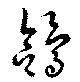
鴿